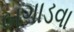
બગાડવા